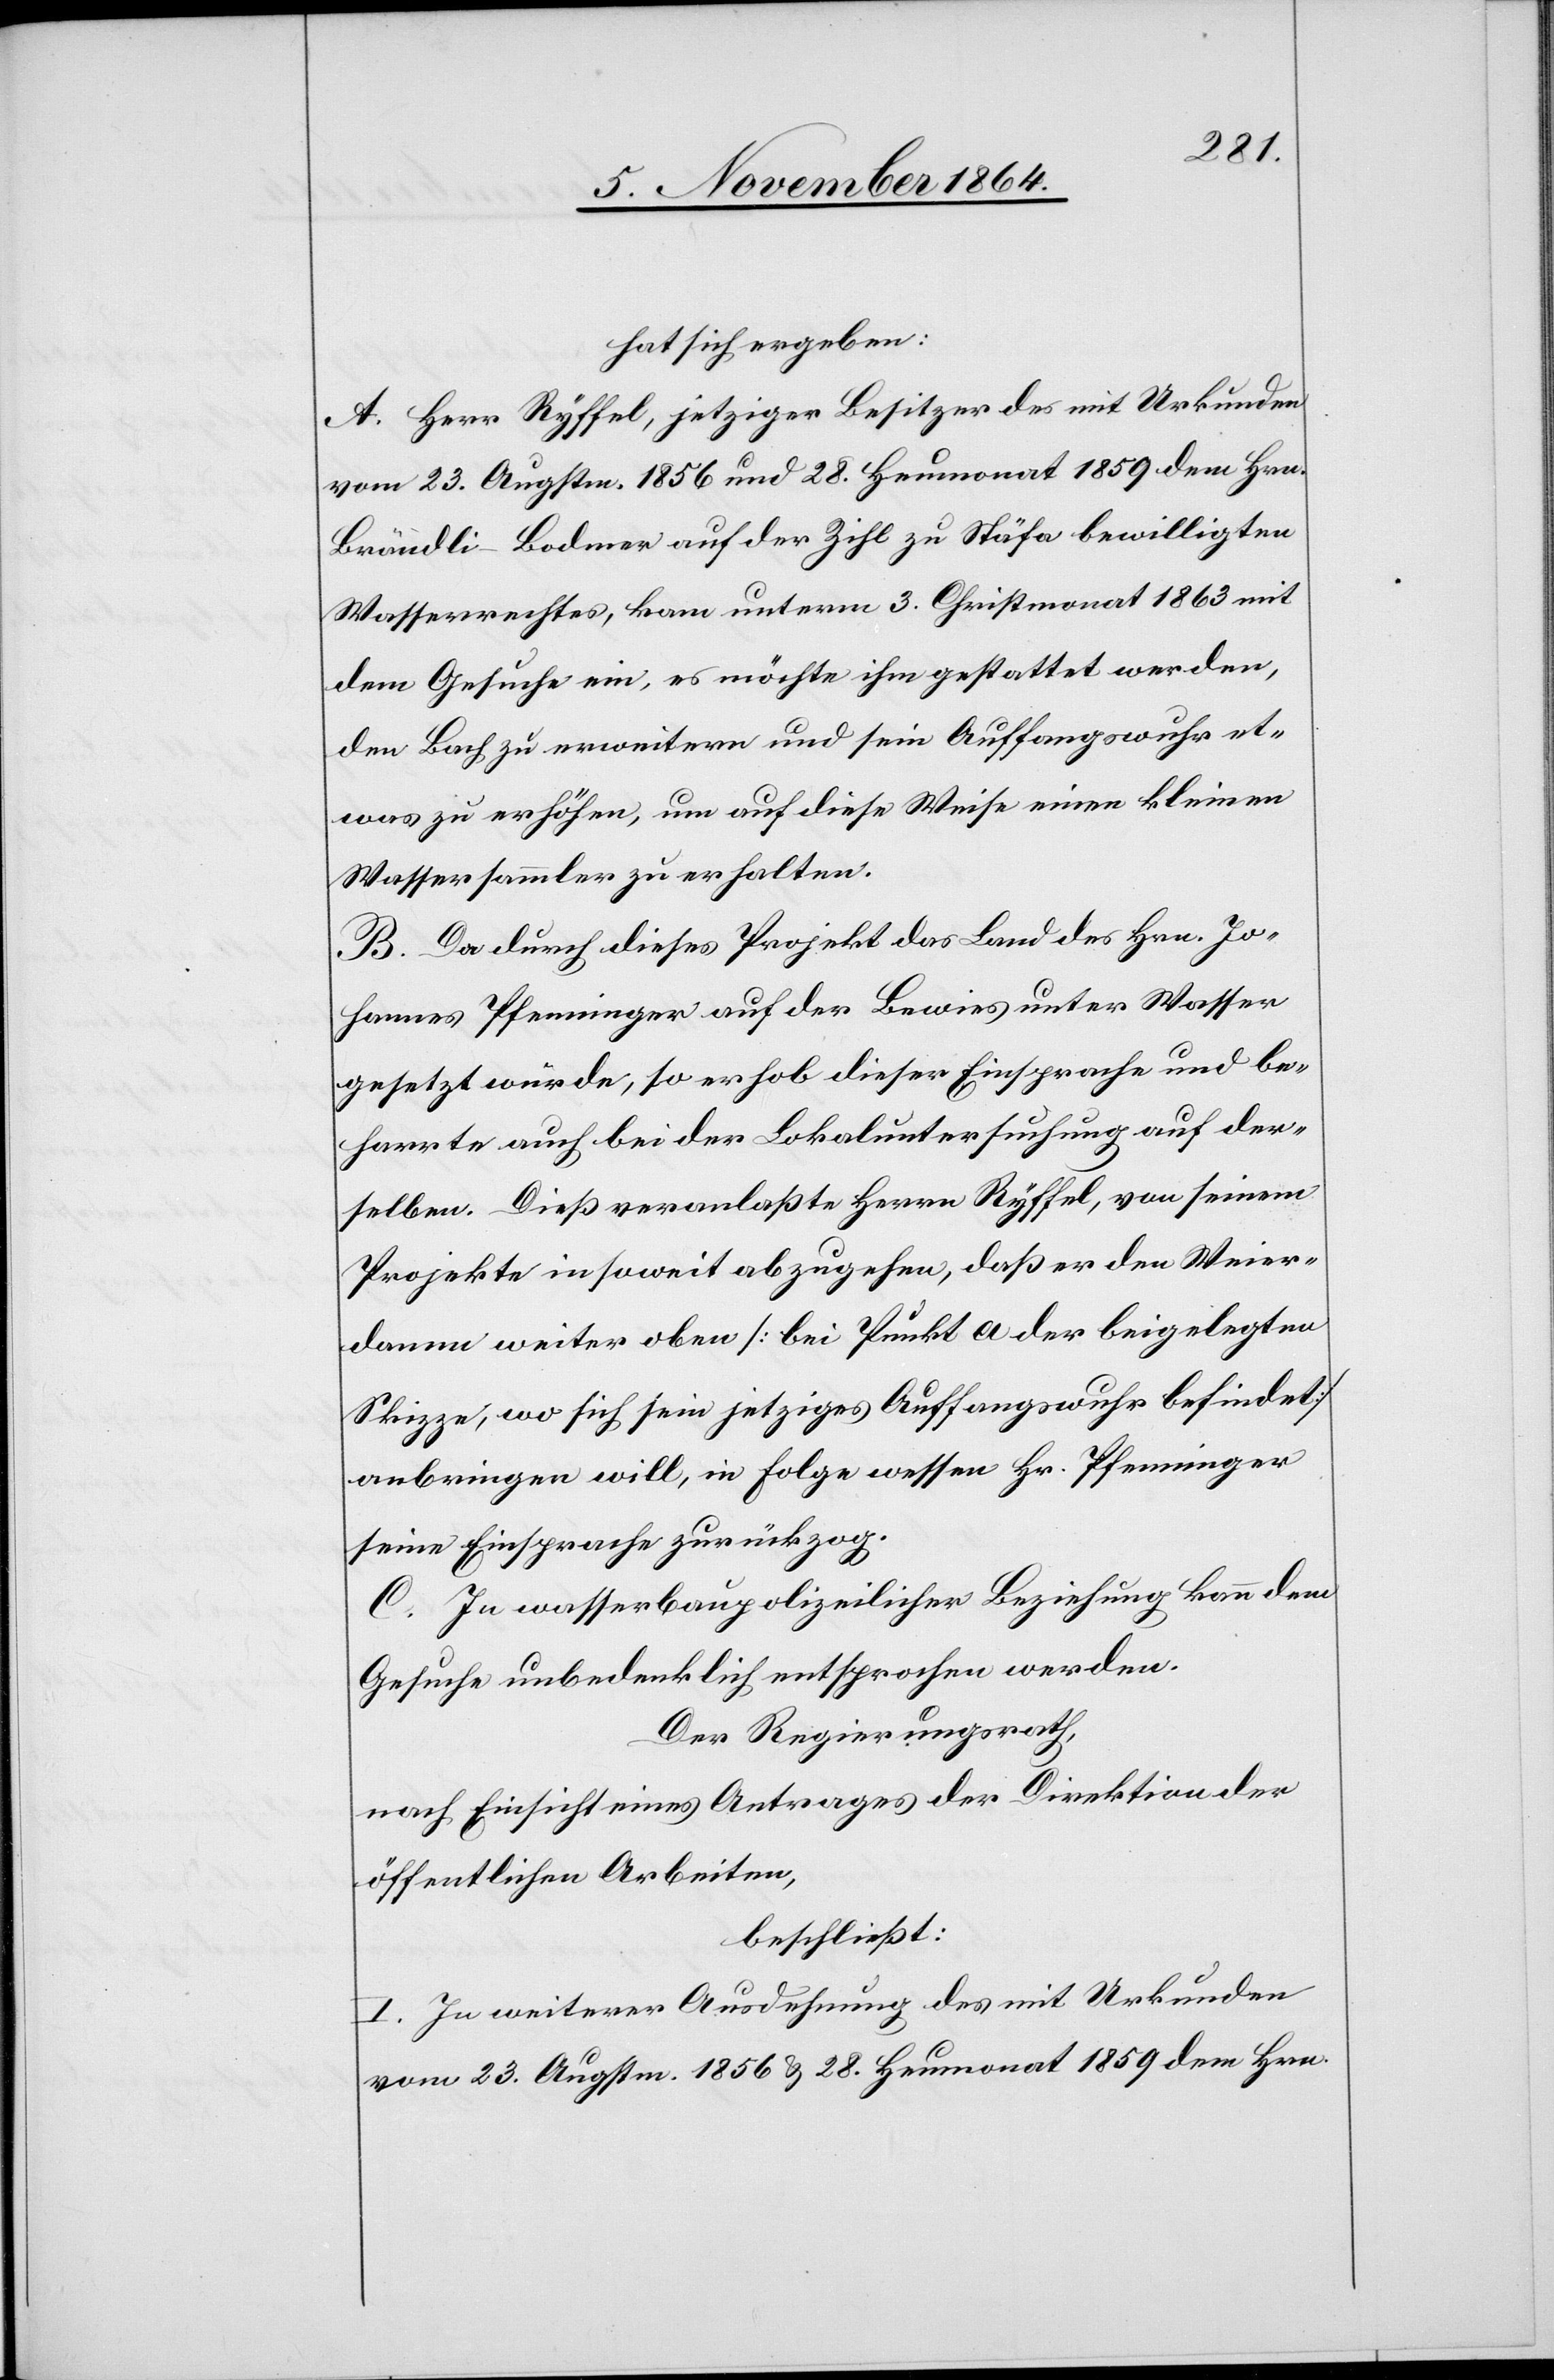
hat sich ergeben:
A. Herr Ryffel, jetziger Besitzer des mit Urkunden
vom 23. Augstm. 1865 und 28. Heumonat 1859 dem Hrn.
Brändli-Bodmer auf der Zihl zu Stäfa bewilligten
Wasserrechtes, kam unterm 3. Christmonat 1863 mit
dem Gesuche ein, es möchte ihm gestattet werden,
den Bach zu erweitern und sein Auffangswuhr et¬
was zu erhöhen, um auf diese Weise einen kleinen
Wassersammler zu erhalten.
B. Da durch dieses Projekt das Land des Hrn. Jo¬
hannes Pfenninger auf der Bewies unter Wasser
gesetzt würde, so erhob dieser Einsprache und be¬
harrte auch bei der Lokaluntersuchung auf der¬
selben. Dieß veranlaßte Herrn Ryffel, von seinem
Projekte insoweit abzugehen, daß er den Weier¬
damm weiter oben [bei Punkt a der beigelegten
Skizze, wo sich sein jetziges Auffangswuhr befindet]
anbringen will, in Folge wessen Hr. Pfenninger
seine Einsprache zurückzog.
C. In wasserbaupolizeilicher Beziehung kann dem
Gesuche unbedenklich entsprochen werden.
Der Regierungsrath,
nach Einsicht eines Antrages der Direktion der
öffentlichen Arbeiten,
beschließt:
I. In weiterer Ausdehnung des mit Urkunde
vom 23. Augstm. 1856 & 28. Heumonat 1959 dem Hrn.